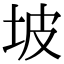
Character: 坡